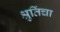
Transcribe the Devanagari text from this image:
श्रुतिंचा